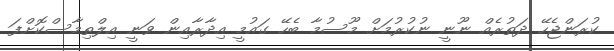
ކުރަންޖެހޭ ދަތުރެއް ނޫނީ ނުކުރުމަށް މޫސުމާ ބެހޭ ގައުމީ އިދާރާއިން ވަނީ އިލްތިމާސްކޮށްފަ